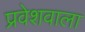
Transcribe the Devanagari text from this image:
प्रवेशवाला